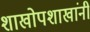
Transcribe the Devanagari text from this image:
शाखोपशाखांनी